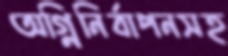
অগ্নিনির্বাপনসহ